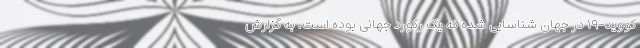
کووید-۱۹ در جهان شناسایی شده که یک رکورد جهانی بوده است. به گزارش